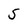
Character: 5